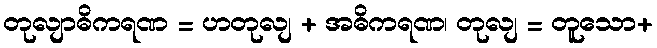
တုလျာဓိကရဏ = ဟတုလျ + အဓိကရဏ၊ တုလျ = တူသော+